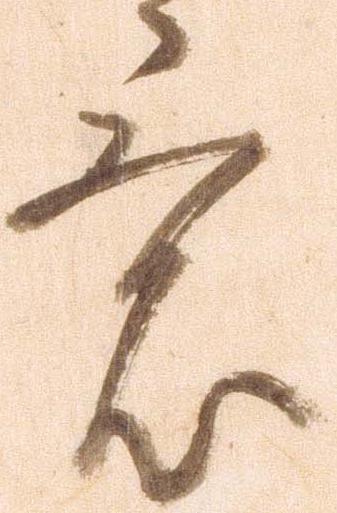
意